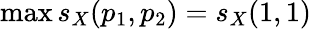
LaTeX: \operatorname*{max}s_{X}(p_{1},p_{2})=s_{X}(1,1)